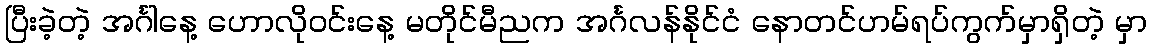
ပြီးခဲ့တဲ့ အင်္ဂါနေ့ ဟောလိုဝင်းနေ့ မတိုင်မီညက အင်္ဂလန်နိုင်ငံ နောတင်ဟမ်ရပ်ကွက်မှာရှိတဲ့ မှာ